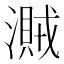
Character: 𣿐